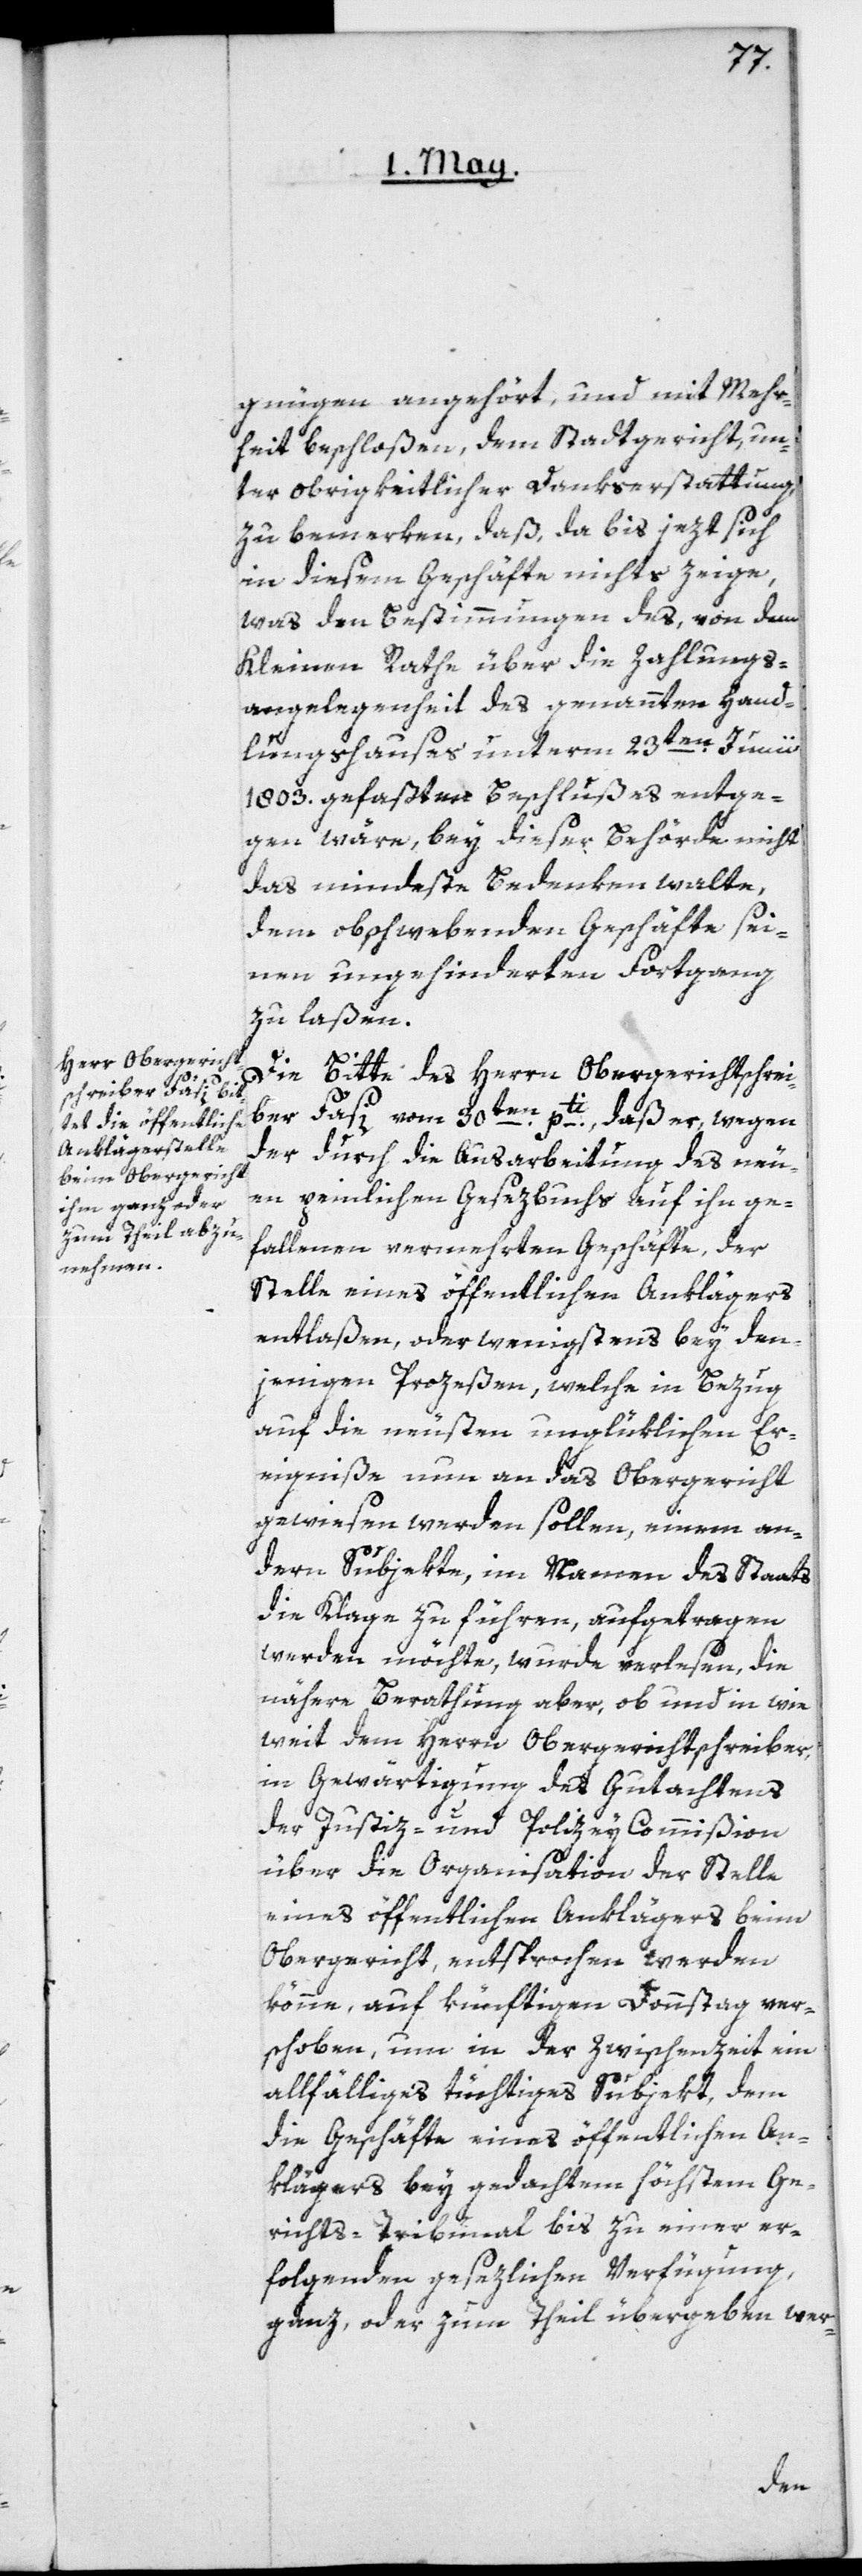
gnügen angehört, und mit Mehr¬
heit beschloßen, dem Stadtgericht un¬
ter obrigkeitlicher Dankserstattung
zu bemerken, daß, da bis jezt sich
in diesem Geschäfte nichts zeige,
was den Bestimmungen des, von dem
Kleinen Rathe über die Zahlungs¬
angelegenheit des genannten Hand¬
lungshauses unterm 23ten Junii
1803. gefaßten Beschlußes entge¬
gen wäre, bey dieser Behörde nicht
das mindeste Bedenken walte,
dem obschwebenden Geschäfte sei¬
nen ungehinderten Fortgang
zu laßen.
Die Bitte des Herrn Obergerichtschrei¬
ber Fäsi vom 30ten pti, daß er, wegen
der durch die Ausarbeitung des neu¬
en peinlichen Gesezbuchs auf ihn ge¬
fallenen vermehrten Geschäfte, der
Stelle eines öffentlichen Anklägers
entlaßen, oder wenigstens bey den¬
jenigen Prozeßen, welche in Bezug
auf die neusten unglüklichen Er¬
eigniße nun an das Obergericht
gewiesen werden sollen, einem an¬
dern Subjekte, im Namen des Staats
die Klage zu führen, aufgetragen
werden möchte, wurde verlesen, die
nähere Berathung aber, ob und in wie
weit dem Herrn Obergerichtschreiber,
in Gewärtigung des Gutachtens
der Justiz- und Polizey Commißion
über die Organisation der Stelle
eines öffentlichen Anklägers beim
Obergericht, entsprochen werden
könne, auf künftigen Donnstag ver¬
schoben, um in der Zwischenzeit ein
allfälliges tüchtiges Subjekt, dem
die Geschäfte eines öffentlichen An¬
klägers bey gedachtem höchsten Ge¬
richts-Tribunal bis zu einer er¬
folgenden gesezlichen Verfügung,
ganz oder zum Theil übergeben wer-